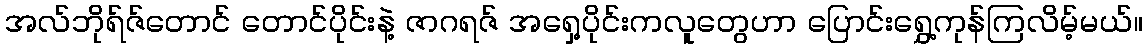
အလ်ဘိုရ်ဇ်တောင် တောင်ပိုင်းနဲ့ ဇာဂရဇ် အရှေ့ပိုင်းကလူတွေဟာ ပြောင်းရွှေ့ကုန်ကြလိမ့်မယ်။